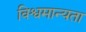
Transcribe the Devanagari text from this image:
विश्वमान्यता